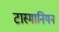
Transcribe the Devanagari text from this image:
टास्मानियन